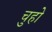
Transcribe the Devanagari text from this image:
चुहो